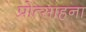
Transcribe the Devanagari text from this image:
प्रोत्साहना